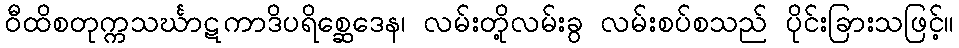
ဝီထိစတုက္ကသင်္ဃာဋကာဒိပရိစ္ဆေဒေန၊ လမ်းတို့လမ်းခွ လမ်းစပ်စသည် ပိုင်းခြားသဖြင့်။